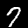
Digit: 7